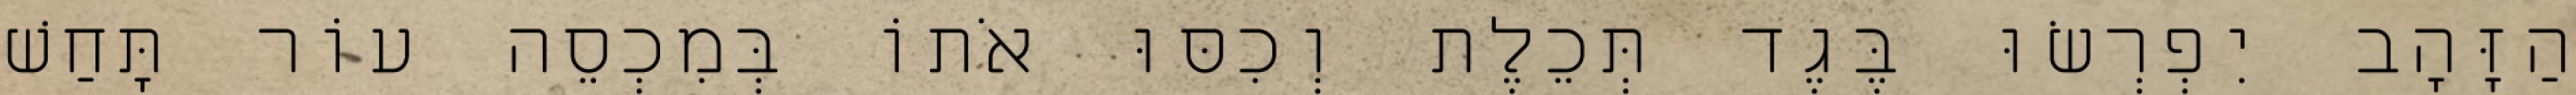
הַזָּהָב יִפְרְשׂוּ בֶּגֶד תְּכֵלֶת וְכִסּוּ אֹתוֹ בְּמִכְסֵה עוֹר תָּחַשׁ